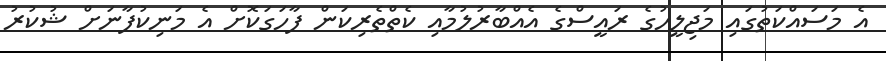
އެ މަސައްކަތުގައި މަޖިލީހުގެ ރައީސްގެ އެއްބާރުލުމާއި ކެތްތެރިކަން ފާހަގަކޮށް އެ މަނިކުފާނަށް ޝުކުރު